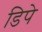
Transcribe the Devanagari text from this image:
डिपे